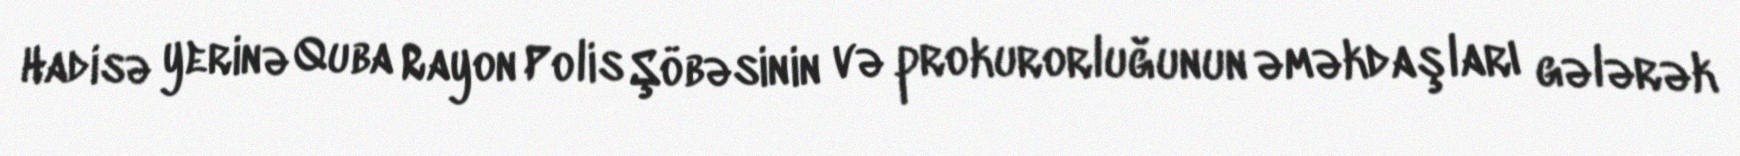
Hadisə yerinə Quba Rayon Polis Şöbəsinin və prokurorluğunun əməkdaşları gələrək